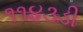
૧૧૪૩ડી